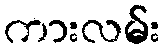
ကားလမ်း